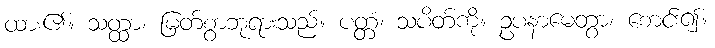
ထား၏။ သတ္ထာ၊ မြတ်စွာဘုရားသည်။ ပတ္တံ၊ သပိတ်ကို။ ဥပနာမေတွာ၊ စောင်း၍။